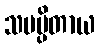
သမပ္ပိတာယ